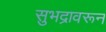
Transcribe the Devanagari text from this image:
सुभद्रावरून